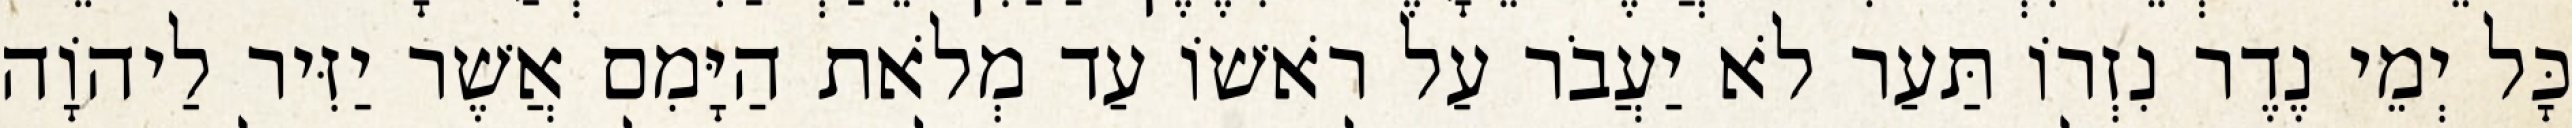
כָּל יְמֵי נֶדֶר נִזְרוֹ תַּעַר לֹא יַעֲבֹר עַל רֹאשׁוֹ עַד מְלֹאת הַיָּמִם אֲשֶׁר יַזִּיר לַיהוָֹה